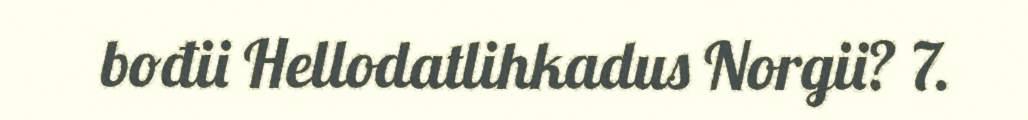
bođii Hellodatlihkadus Norgii? 7.